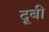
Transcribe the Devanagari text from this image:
दूबी